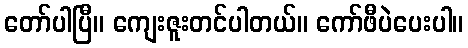
တော်ပါပြီ။ ကျေးဇူးတင်ပါတယ်။ ကော်ဖီပဲပေးပါ။